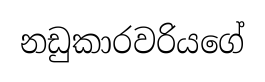
නඩුකාරවරියගේ